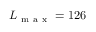
L _ { \mathrm { ~ m ~ a ~ x ~ } } = 1 2 6